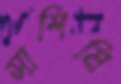
সাশিমি